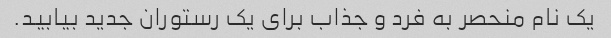
یک نام منحصر به فرد و جذاب برای یک رستوران جدید بیابید.